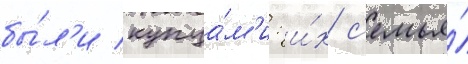
бы́л'и купца́м'и: и́х с'емья́